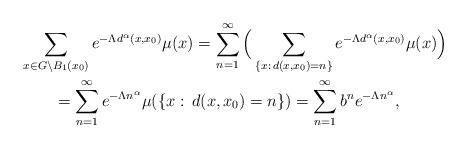
LaTeX: \begin{align*} & \sum_{x\in G\setminus B_{1}(x_0)}e^{- \Lambda d^\alpha(x,x_0)}\mu(x) = \sum_{n = 1}^{\infty}\Big(\sum_{\{x:\,d(x,x_0) = n\}} e^{- \Lambda d^\alpha(x,x_0)}\mu(x)\Big) \\ & \qquad= \sum_{n = 1}^{\infty} e^{- \Lambda n^\alpha}\mu(\{x:\,d(x,x_0) = n\}) = \sum_{n = 1}^{\infty}b^ne^{-\Lambda n^\alpha},\end{align*}